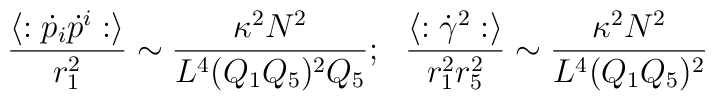
{{\langle :\dot{p}_i \dot{p}^i: \rangle} \over {r_1^2}} \sim {{\kappa^2 N^2 }\over {L^4 (Q_1 Q_5)^2 Q_5}}; \ \  {{\langle :\dot{\gamma}^2: \rangle} \over {r_1^2 r_5^2}}\sim {{\kappa^2 N^2} \over {L^4 (Q_1Q_5)^2}}